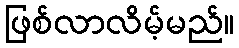
ဖြစ်လာလိမ့်မည်။